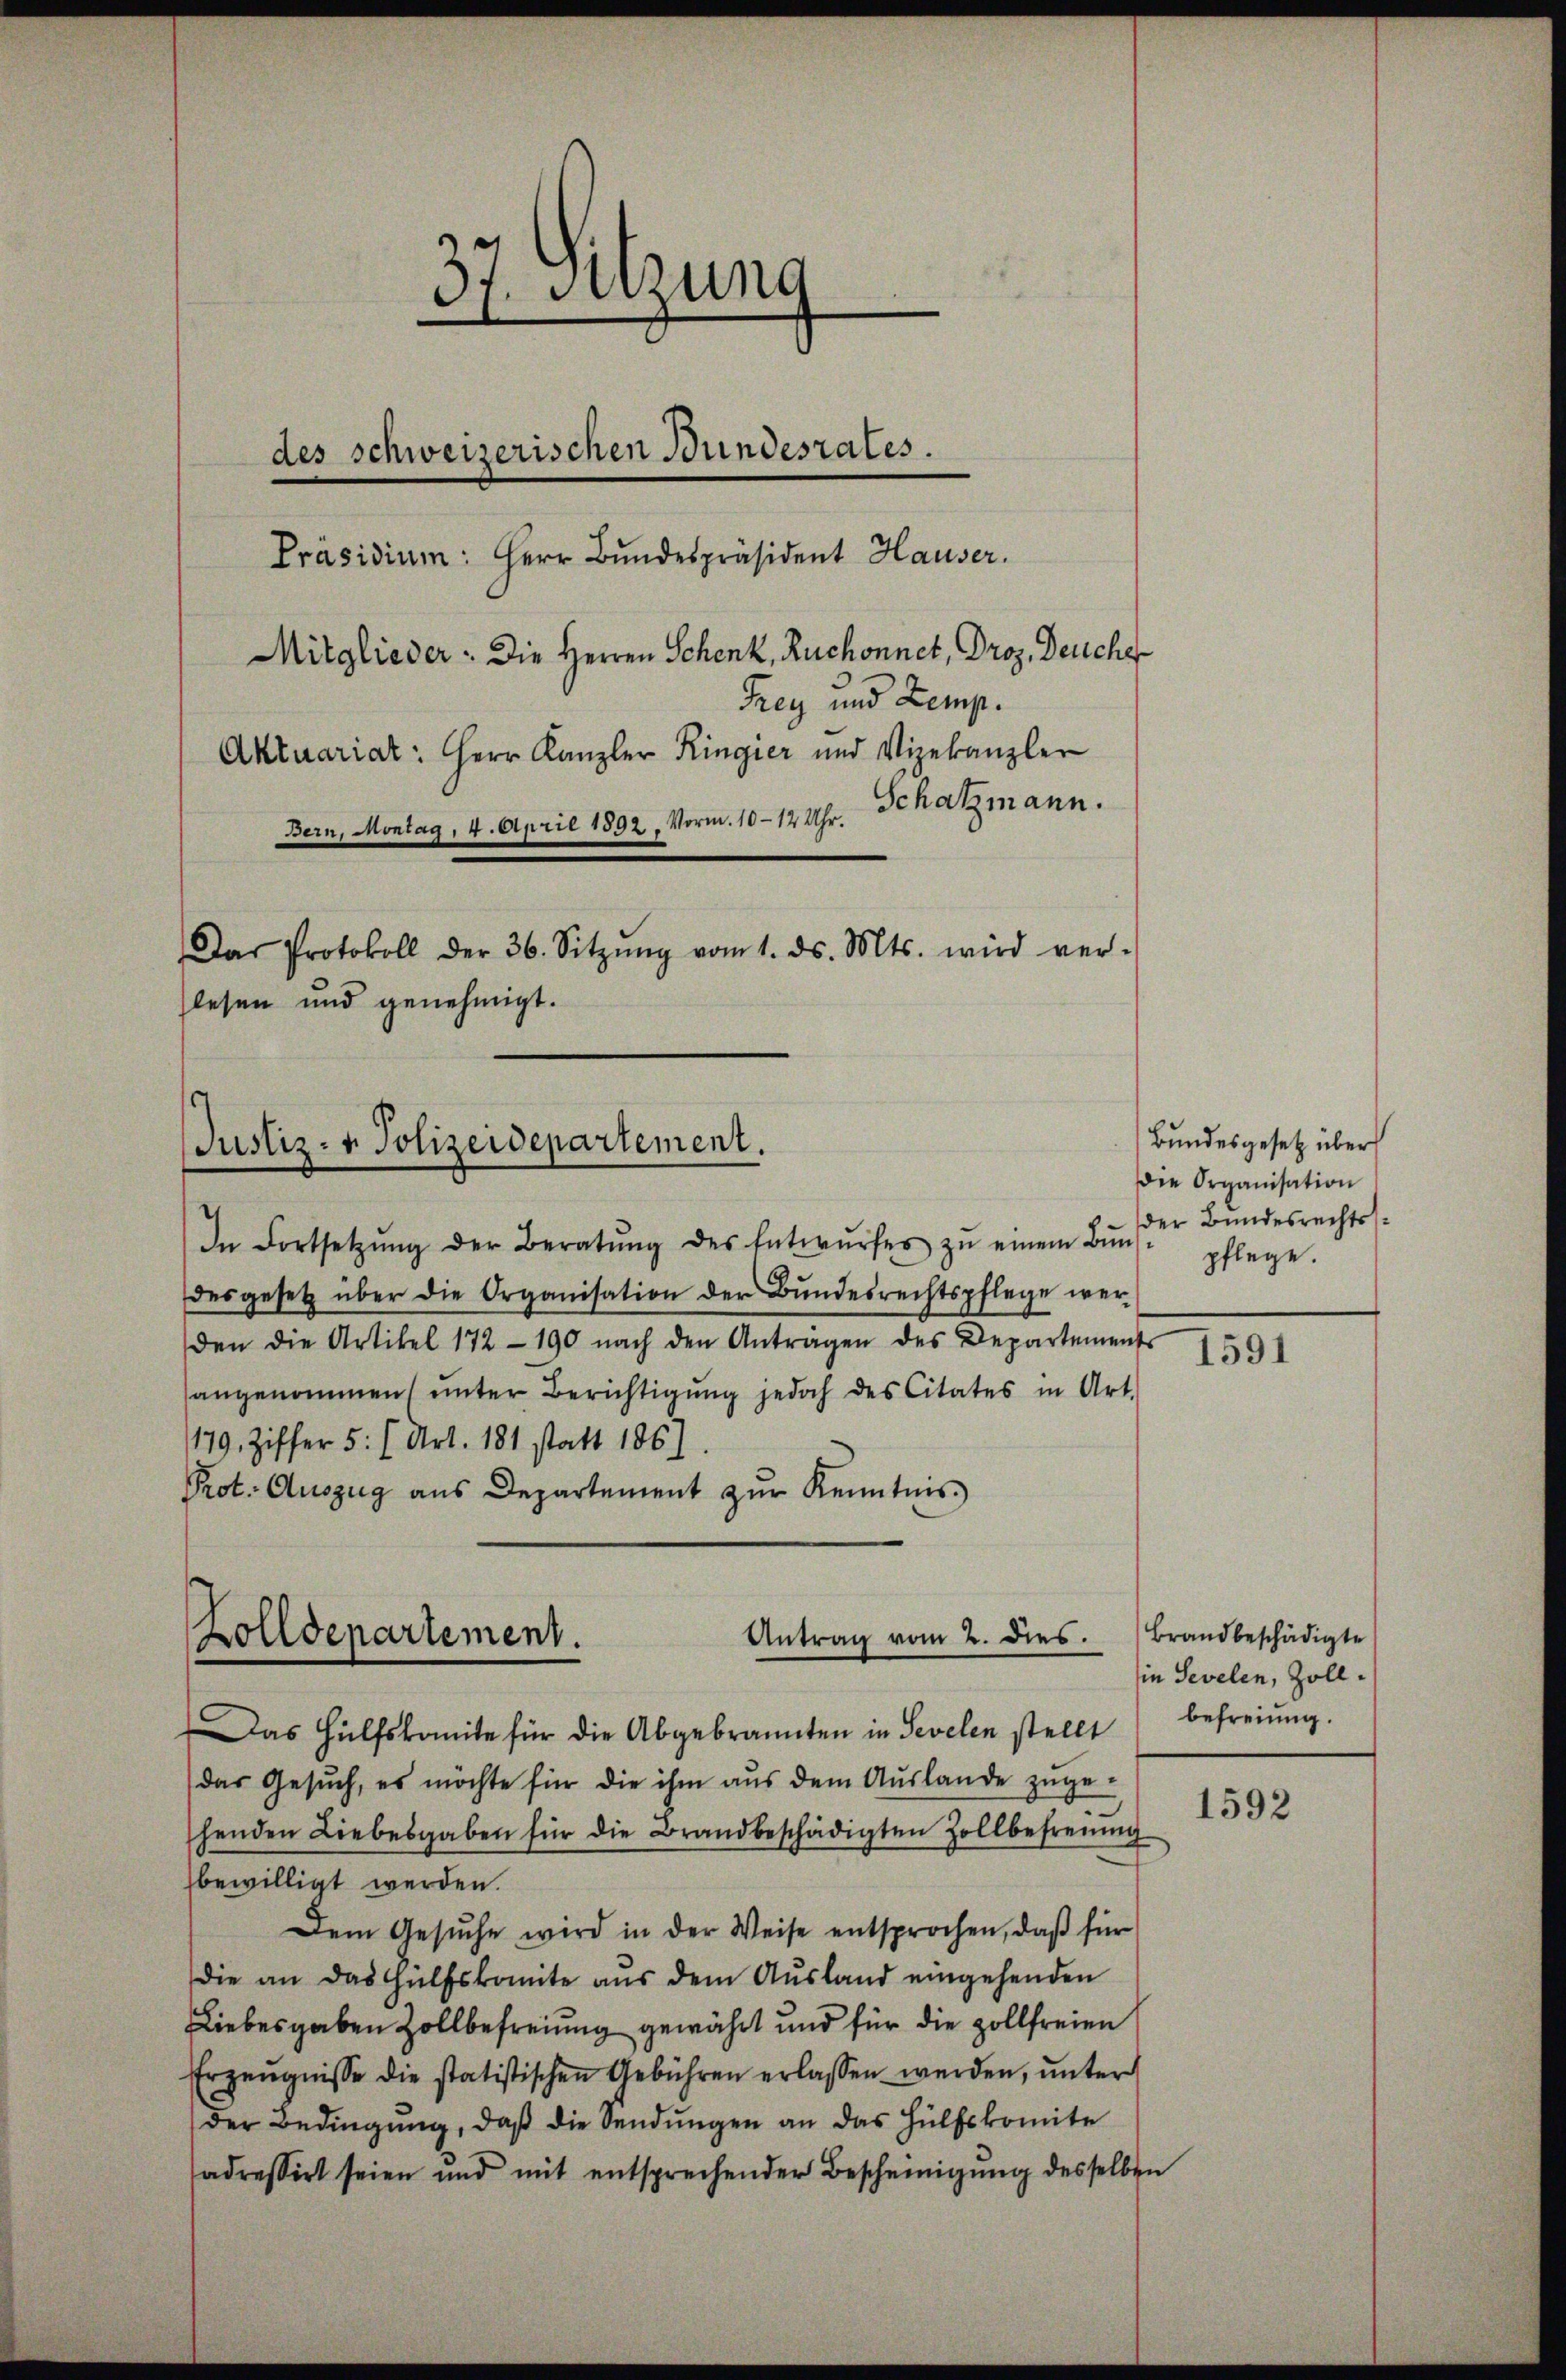
Justiz- & Polizeidepartement.

37. Sitzung
des schweizerischen Bundesrates.
Präsidium: Herr Bundespräsident Hauser.
Mitglieder. Die Herren Schenk, Ruchonnet, Droz. Deuche
Aktuariat: Herr Kanzler Ringier und Vizekanzler
Bern, Montag, 4. April 1892. Vorm. 10-12 Uhr. Schatzmann.
Das Protokoll der 36. Sitzŭng vom 1. ds. Mts. wird ver-
lesen und genehmigt.

Frey und Zemp.

Zolldepartement. Antrag vom 2. dies.

In Fortsetzŭng der Beratŭng des Entwŭrfes zŭ einem Bŭn der Bundesrechts-
desgesetz über die Organisation der Bŭndesrechtspflege wer-
den die Artikel 172 - 190 nach den Anträgen des Departements
angenommen (unter Berichtigŭng jedoch des Citates in Art.
179. Ziffer 5. (Art. 181 statt 1867.
Prot. Auszug aus Departement zŭr Kenntnis

Bundesgesetz über
Die Organisation
pflege.

Das Hülfskomite für die Abgebrannten in Sevelen stellt
das Gesuch, es möchte für die ihm aus dem Auslande zugehenden Liebesgaben für die Brandbeschädigten Zollbefreŭng.
bewilligt werden.
Dem Gesŭche wird in der Weise entsprochen, daβ für
die an das Hülfskomite aŭs dem Aŭsland eingehenden
Liebesgaben Zollbefreiung gewährt und für die zollfreien
Erzeŭgnisse die statistischen Gebühren erlassen werden, ŭnter
der Bedingŭng, daβ die Sendŭngen an das Hülfskomite
adressirt seien und mit entsprechender Bescheinigŭng desselben

1591

Brandbeschädigte
in Sevelen, Zoll.
befreiung.

1592